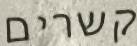
קשרים